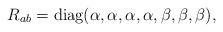
\begin{align*}{R_{ab} = \textrm{diag}(\alpha,\alpha,\alpha,\alpha,\beta,\beta,\beta),}\end{align*}